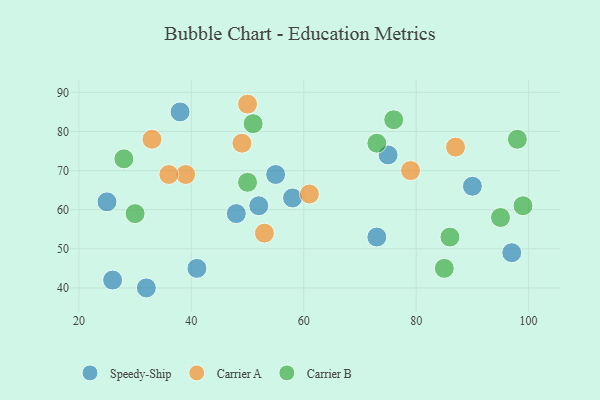
{"axis": {"x": "GDP", "y": "Life Expectancy"}, "legend": ["Carrier A", "Carrier B", "Speedy-Ship"], "data": [{"x": "58", "y": 63, "type": "Speedy-Ship"}, {"x": "32", "y": 40, "type": "Speedy-Ship"}, {"x": "73", "y": 53, "type": "Speedy-Ship"}, {"x": "25", "y": 62, "type": "Speedy-Ship"}, {"x": "26", "y": 42, "type": "Speedy-Ship"}, {"x": "52", "y": 61, "type": "Speedy-Ship"}, {"x": "75", "y": 74, "type": "Speedy-Ship"}, {"x": "97", "y": 49, "type": "Speedy-Ship"}, {"x": "90", "y": 66, "type": "Speedy-Ship"}, {"x": "55", "y": 69, "type": "Speedy-Ship"}, {"x": "41", "y": 45, "type": "Speedy-Ship"}, {"x": "38", "y": 85, "type": "Speedy-Ship"}, {"x": "48", "y": 59, "type": "Speedy-Ship"}, {"x": "33", "y": 78, "type": "Carrier A"}, {"x": "53", "y": 54, "type": "Carrier A"}, {"x": "79", "y": 70, "type": "Carrier A"}, {"x": "61", "y": 64, "type": "Carrier A"}, {"x": "39", "y": 69, "type": "Carrier A"}, {"x": "49", "y": 77, "type": "Carrier A"}, {"x": "36", "y": 69, "type": "Carrier A"}, {"x": "87", "y": 76, "type": "Carrier A"}, {"x": "50", "y": 87, "type": "Carrier A"}, {"x": "76", "y": 83, "type": "Carrier B"}, {"x": "51", "y": 82, "type": "Carrier B"}, {"x": "28", "y": 73, "type": "Carrier B"}, {"x": "30", "y": 59, "type": "Carrier B"}, {"x": "99", "y": 61, "type": "Carrier B"}, {"x": "95", "y": 58, "type": "Carrier B"}, {"x": "86", "y": 53, "type": "Carrier B"}, {"x": "98", "y": 78, "type": "Carrier B"}, {"x": "85", "y": 45, "type": "Carrier B"}, {"x": "50", "y": 67, "type": "Carrier B"}, {"x": "73", "y": 77, "type": "Carrier B"}]}